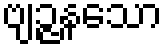
ဗျဉ္ဇနသော